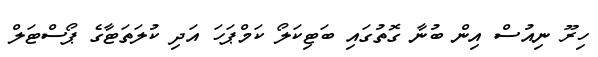
ހިރޫ ނިއުސް އިން ބުނާ ގޮތުގައި ބަޓިކަލޯ ކަމްޕަހަ އަދި ކުލަތަޓާގެ ޕޯސްޓަލް